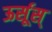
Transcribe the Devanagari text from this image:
ऊर्सूस्